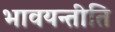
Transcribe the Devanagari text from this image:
भावयन्तीति